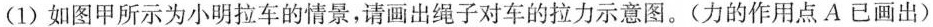
(1)如图甲所示为小明拉车的情景，请画出绳子对车的拉力示意图。(力的作用点A已画出)